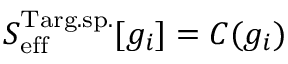
S _ { \mathrm { e f f } } ^ { \mathrm { T a r g . s p . } } [ g _ { i } ] = C ( g _ { i } )